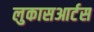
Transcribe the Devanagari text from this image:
लुकासआर्टस